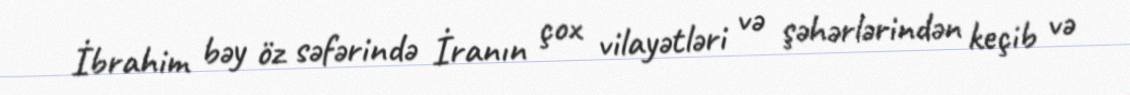
İbrahim bəy öz səfərində İranın çox vilayətləri və şəhərlərindən keçib və